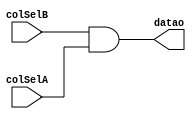
module drv2
  (input colSelA,
   input colSelB,
   output datao
   );
   assign datao = colSelB & colSelA;
endmodule